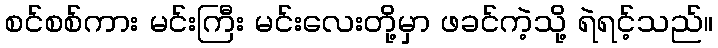
စင်စစ်ကား မင်းကြီး မင်းလေးတို့မှာ ဖခင်ကဲ့သို့ ရဲရင့်သည်။